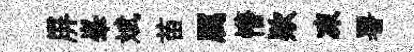
屏峯斌苗厲懵欵凍署